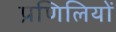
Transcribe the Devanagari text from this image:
प्रणिलियों